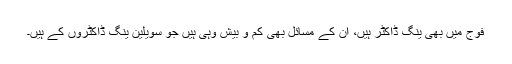
فوج میں بھی ینگ ڈاکٹر ہیں، ان کے مسائل بھی کم و بیش وہی ہیں جو سویلین ینگ ڈاکٹروں کے ہیں۔